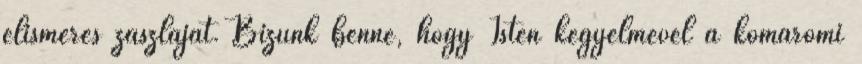
elismerés zászlaját. Bízunk benne, hogy Isten kegyelmével a komáromi